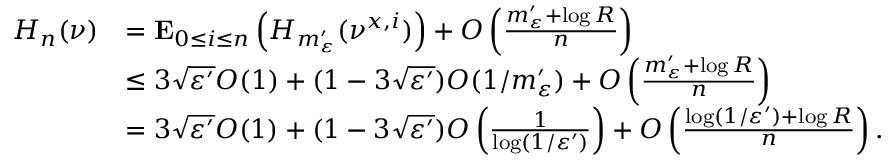
\begin{array} { r l } { H _ { n } ( \nu ) } & { = \mathbf E _ { 0 \leq i \leq n } \left( H _ { m _ { \varepsilon } ^ { \prime } } ( \nu ^ { x , i } ) \right) + O \left( \frac { m _ { \varepsilon } ^ { \prime } + \log R } { n } \right) } \\ & { \leq 3 \sqrt { \varepsilon ^ { \prime } } O ( 1 ) + ( 1 - 3 \sqrt { \varepsilon ^ { \prime } } ) O ( 1 / m _ { \varepsilon } ^ { \prime } ) + O \left( \frac { m _ { \varepsilon } ^ { \prime } + \log R } { n } \right) } \\ & { = 3 \sqrt { \varepsilon ^ { \prime } } O ( 1 ) + ( 1 - 3 \sqrt { \varepsilon ^ { \prime } } ) O \left( \frac { 1 } { \log ( 1 / \varepsilon ^ { \prime } ) } \right) + O \left( \frac { \log ( 1 / \varepsilon ^ { \prime } ) + \log R } { n } \right) . } \end{array}